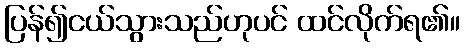
ပြန်၍ငယ်သွားသည်ဟုပင် ထင်လိုက်ရ၏။